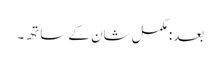
بعد: مکمل شان کے ساتھ۔